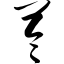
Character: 苓